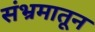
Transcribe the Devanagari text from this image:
संभ्रमातून